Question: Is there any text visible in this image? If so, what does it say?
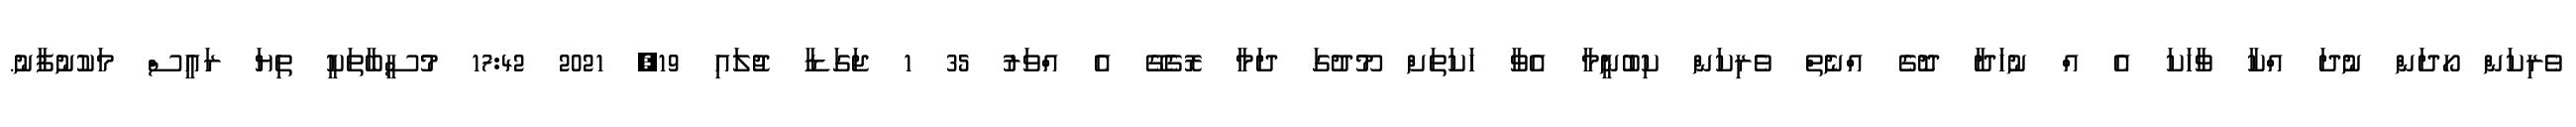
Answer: ވެރިކަން ހޯދަން ނުދަ އްކާ ވާހަކަ އެ އް ނުހަދާ ދޮގެ އްނެތް ވެރިކަން ކިބުނީމާ އެވާ ހަކަތަށް މޫދުގަ ދަމާ ރޮގެގޭ އެ އްވަރު 35 1 ޖަގަޑާ ޖުލައި 19, 2021 17:42 މުސީބާތަކީ ތިޔަ ރައީސް މަކުނުފާނު.